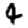
Digit: 4